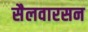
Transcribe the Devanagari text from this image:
सैलवारसन